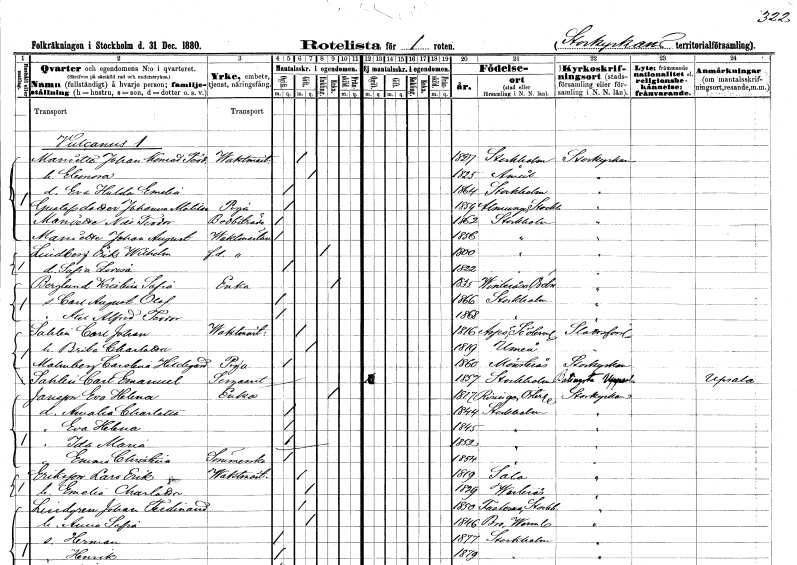
gt_parse: households: individuals: FN: Johan Konrad Teodor
EN: Maniette
YRKE: Vaktmästare
KON: M
CIV: G
FODAR: 1827
FODFORS: Stockholm
FN: Eleonora
KON: K
CIV: G
FODAR: 1825
FODFORS: Åmål Älvsborgs län
FN: Eva Hulda Emelia
KON: K
CIV: O
FODAR: 1864
FODFORS: Stockholm
FN: Johanna Matilda
EN: Gustafsdotter
YRKE: Piga
KON: K
CIV: O
FODAR: 1859
FODFORS: Almunge Uppsala län
FN: Nils Teodor
EN: Maniette
YRKE: Bodbiträde
KON: M
CIV: O
FODAR: 1862
FODFORS: Stockholm
FN: Johan August
EN: Mariette
YRKE: Vaktmästare
KON: M
CIV: O
FODAR: 1856
FODFORS: Stockholm
FN: Erik Wilhelm
EN: Lindberg
YRKE: Vaktmästare f.d.
KON: M
CIV: E
FODAR: 1800
FODFORS: Stockholm
FN: Sofia Lovisa
KON: K
CIV: O
FODAR: 1822
FODFORS: Stockholm
FN: Kristina Sofia
EN: Berglund
YRKE: Änka
KON: K
CIV: E
FODAR: 1855
FODFORS: Vintrosa Örebro län
FN: Carl August Olof
KON: M
CIV: O
FODAR: 1866
FODFORS: Stockholm
FN: Axel Alfred Teodor
KON: M
CIV: O
FODAR: 1868
FODFORS: Stockholm
FN: Carl Johan
EN: Sahlin
YRKE: Vaktmästare
KON: M
CIV: G
FODAR: 1816
FODFORS: Aspö Södermanlands län
FN: Brita Charlotta
KON: K
CIV: G
FODAR: 1819
FODFORS: Umeå Västerbottens län
FN: Carolina Hildegard
EN: Malmberg
YRKE: Piga
KON: K
CIV: O
FODAR: 1860
FODFORS: Mönsterås Kalmar län
FN: Carl Emanuel
EN: Sahlin
YRKE: Sergeant
KON: M
CIV: O
FODAR: 1857
FODFORS: Stockholm
FN: Eva Helena
EN: Jansson
YRKE: Änka
KON: K
CIV: E
FODAR: 1817
FODFORS: Risinge Östergötlands län
FN: Amalia Charlotta
KON: K
CIV: O
FODAR: 1844
FODFORS: Stockholm
FN: Eva Helena
KON: K
CIV: O
FODAR: 1845
FODFORS: Stockholm
FN: Ida Maria
KON: K
CIV: O
FODAR: 1852
FODFORS: Stockholm
FN: Emma Christina
YRKE: Sömmerska
KON: K
CIV: O
FODAR: 1854
FODFORS: Stockholm
FN: Lars Erik
EN: Eriksson
YRKE: Vaktmästare
KON: M
CIV: G
FODAR: 1819
FODFORS: Sala Västmanlands län
FN: Emelia Charlotta
KON: K
CIV: G
FODAR: 1829
FODFORS: Västerås Västmanlands län